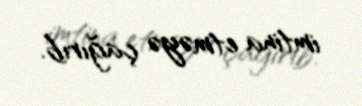
imtina etməyə çağırıb.